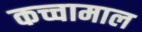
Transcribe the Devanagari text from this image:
कच्चामाल